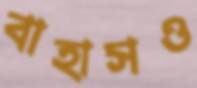
বাহাসও